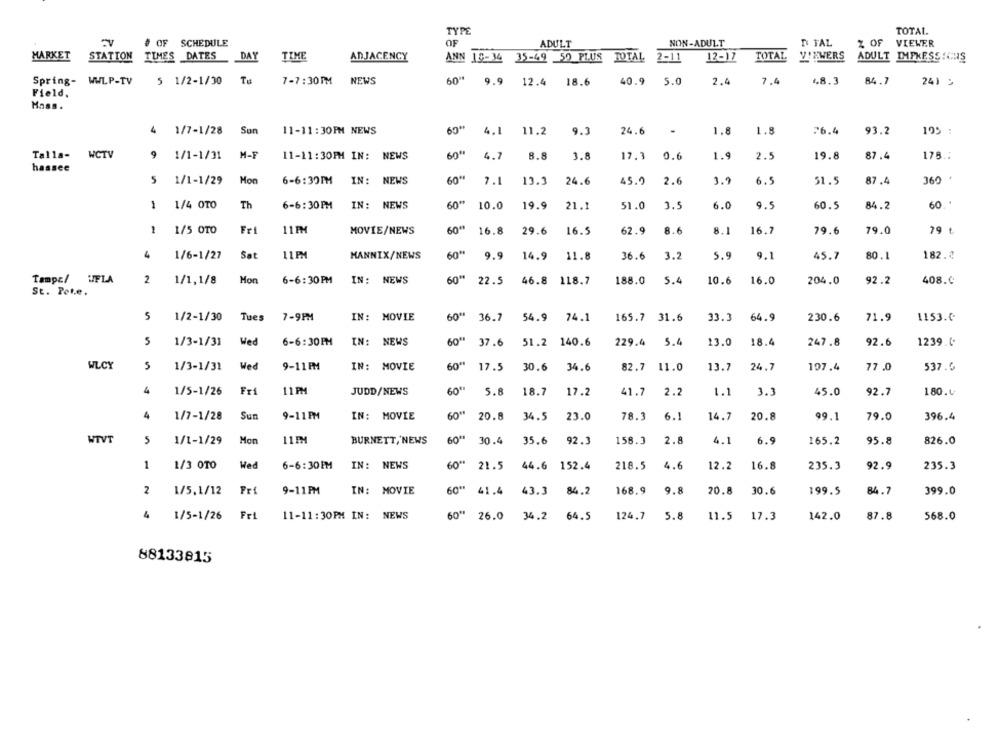
TYPE
TOTAL.
# OF SCHEDULE
OF
ADULT
NON-ADULT
D TAL
% OF
VIEWER
MARKET
STATION TIMES DATES
DAY
TIME
ADJACENCY
ANN 18-34 35-49 50 PLUS TOTAL
2-11
12-17
TOTAL
VIEWERS
ADULT IMPRESS:CUS
Spring- WWLP-TV
5 1/2-1/30
Tu
7-7:30PM
NEWS
60"
9.9
12.4
18.6
40.9 5.0
2.4
7.4
4.8.3
84.7
241 5
Field.
Hass.
60*
4 1/7-1/28
Sun
11-11:30PM NEWS
4.1
11.2
9.3
24.6
-
1.8
1.8
26.4
93.2
195 :
Talla-
WCTV
9 1/1-1/31 M-F
11-11:30FM IN: NEWS
60"
4.7
8.8
3.8
17.3 0.6
1.9
2.5
19.8
87.4
175 ..
hassee
1/1-1/29
Mon
6-6:39PM
IN: NEWS
60"
7.1
13.3
24.6
45.0
2.6
3.9
6.5
51.5
87.4
360
1 1/4 OTO
Th
6-6:30PM
IN: NEWS
60"
19.9
51.0
3.5
9.5
84.2
60
10.0
21.1
6.0
60.5
1
1/5 OTO
Fri
11PM
MOVIE/NEWS
60"
16.8
29.6
16.5
62.9
8.6
8.1
16.7
79.6
79.0
79 ₺
1/6-1/27
Sat
11PM
MANNIX/NEWS
600
9.9
14.9
11.8
36.6
3.2
5.9
9.1
45.7
80.1
182.0
Tampe/ \IFLA
2
1/1,1/8
Mon
6-6:30 PM
IN: NEWS
60"
92.2
22.5
46.8 118.7
188.0
5.4
10.6
16.0
204.0
408.0
St. Pete.
5
1/2-1/30
Tues
7-9PM
IN: MOVIE
60" 36.7 54.9 74.1
165.7 31.6
33.3
64.9
230.6
71.9
1153.0
5
60"
92.6
1/3-1/31
Wed
6-6:30 FM
IN: NEWS
37.6 51.2 140.6
229.4
5.4
13.0
18.4
247.8
1239.C.
WLCY
5
1/3-1/31
Wed
9-11 PM
IN: MOVIE
60 **
17.5 30.6
34.6
82.7 11.0
13.7
24.7
197.4
77 .0
537.6
4
1/5-1/26
Fri
11PM
JUDD/NEWS
60€
5.8
18.7
17.2
41.7
2.2
1.1
3.3
45.0
92.7
180.4
4
1/7-1/28
Sun
9-11PM
IN: MOVIE
20.8 34.5
23.0
20.8
79.0
396.4
78.3
6.1
14.7
99.1
11PM
60"
WTVT
1/1-1/29
Mon
BURNETT,'NEWS
30.4
35.6
92.3
158.3
2.8
4.1
6.9
165.2
95.8
826.0
1
1/3 OTO
Wed
6-6:30EM
IN: NEWS
60 **
21.5
44.6 152.4
218.5
4.6
12.2
16.8
235.3
92.9
235.3
2
1/5,1/12
Fri
9-11PM
IN: MOVIE
60"
41.4
43.3
84.2
168.9
9.8
20.8
30.6
199.5
84.7
399.0
4
60"
124.7
5.8
87.8
1/5-1/26
Fri
11-11:30PM IN: NEWS
26.0
34.2
64.5
11.5
17.3
142.0
568.0
88133815